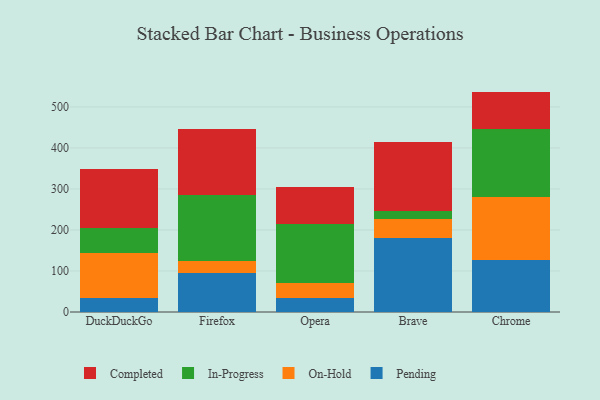
{"axis": {"x": "Browser", "y": "Backlog"}, "legend": ["Completed", "In-Progress", "On-Hold", "Pending"], "data": [{"x": "DuckDuckGo", "y": 33.9, "type": "Pending"}, {"x": "DuckDuckGo", "y": 109.5, "type": "On-Hold"}, {"x": "DuckDuckGo", "y": 61.2, "type": "In-Progress"}, {"x": "DuckDuckGo", "y": 145.0, "type": "Completed"}, {"x": "Firefox", "y": 95.0, "type": "Pending"}, {"x": "Firefox", "y": 30.2, "type": "On-Hold"}, {"x": "Firefox", "y": 159.8, "type": "In-Progress"}, {"x": "Firefox", "y": 161.5, "type": "Completed"}, {"x": "Opera", "y": 35.0, "type": "Pending"}, {"x": "Opera", "y": 35.6, "type": "On-Hold"}, {"x": "Opera", "y": 144.7, "type": "In-Progress"}, {"x": "Opera", "y": 89.7, "type": "Completed"}, {"x": "Brave", "y": 179.9, "type": "Pending"}, {"x": "Brave", "y": 46.2, "type": "On-Hold"}, {"x": "Brave", "y": 20.7, "type": "In-Progress"}, {"x": "Brave", "y": 168.3, "type": "Completed"}, {"x": "Chrome", "y": 126.2, "type": "Pending"}, {"x": "Chrome", "y": 154.0, "type": "On-Hold"}, {"x": "Chrome", "y": 165.7, "type": "In-Progress"}, {"x": "Chrome", "y": 91.4, "type": "Completed"}]}